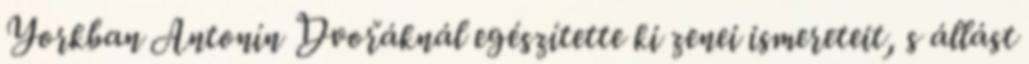
Yorkban Antonín Dvořáknál egészítette ki zenei ismereteit, s állást